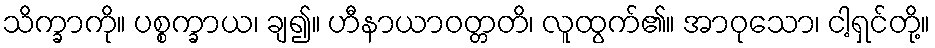
သိက္ခာကို။ ပစ္စက္ခာယ၊ ချ၍။ ဟီနာယာဝတ္တတိ၊ လူထွက်၏။ အာဝုသော၊ ငါ့ရှင်တို့။